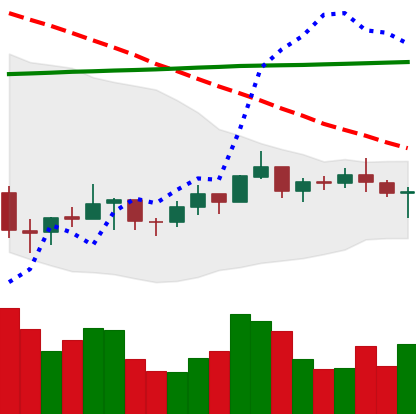
Ticker: BNB-USD
Chart end date: 2021-07-14
Forward return: -9.498%
Label: down_7plus